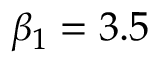
\beta _ { 1 } = 3 . 5